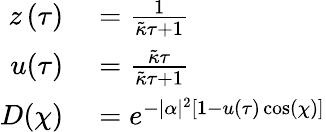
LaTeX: \begin{array}{rl}{z\left(\tau\right)}&{{}=\frac{1}{\tilde{\kappa}\tau+1}}\\ {u(\tau)}&{{}=\frac{\tilde{\kappa}\tau}{\tilde{\kappa}\tau+1}}\\ {D(\chi)}&{{}=e^{-|\alpha|^{2}[1-u(\tau)\cos(\chi)]}}\end{array}